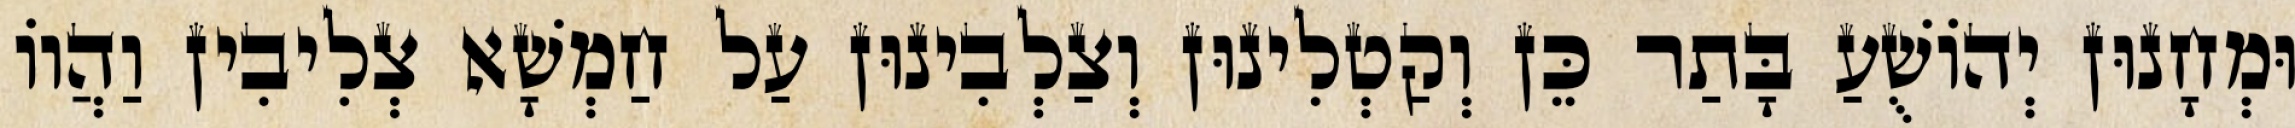
וּמְחָנוּן יְהוֹשֻׁעַ בָּתַר כֵּן וְקַטְלִינוּן וְצַלְבִינוּן עַל חַמְשָׁא צְלִיבִין וַהֲווֹ